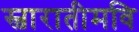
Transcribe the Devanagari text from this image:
स्वारातीमवि